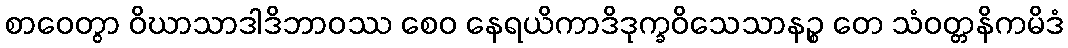
စာဝေတွာ ဝိဃာသာဒါဒိဘာဝဿ စေဝ နေရယိကာဒိဒုက္ခဝိသေသာနဉ္စ တေ သံဝတ္တနိကမိဒံ